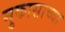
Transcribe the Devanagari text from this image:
मुकासाच्या